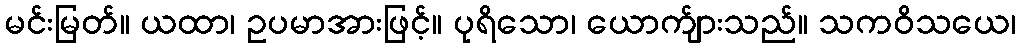
မင်းမြတ်။ ယထာ၊ ဥပမာအားဖြင့်။ ပုရိသော၊ ယောက်ျားသည်။ သကဝိသယေ၊